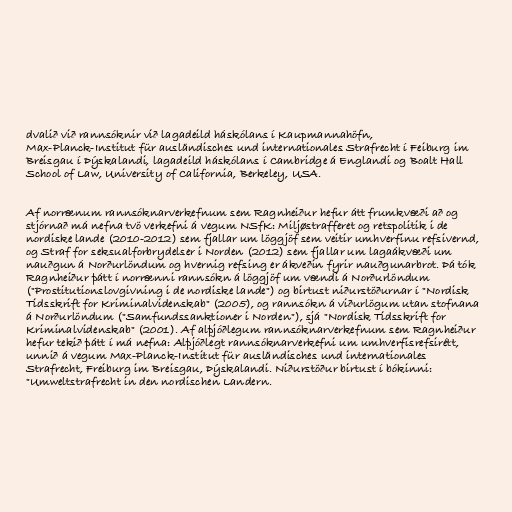
dvalið við rannsóknir við lagadeild háskólans í Kaupmannahöfn,
Max-Planck-Institut für ausländisches und internationales Strafrecht í Feiburg im
Breisgau í Þýskalandi, lagadeild háskólans í Cambridge á Englandi og Boalt Hall
School of Law, University of California, Berkeley, USA.

Af norrænum rannsóknarverkefnum sem Ragnheiður hefur átt frumkvæði að og
stjórnað má nefna tvö verkefni á vegum NSfK: Miljøstrafferet og retspolitik i de
nordiske lande (2010-2012) sem fjallar um löggjöf sem veitir umhverfinu refsivernd,
og Straf for seksualforbrydelser i Norden (2012) sem fjallar um lagaákvæði um
nauðgun á Norðurlöndum og hvernig refsing er ákveðin fyrir nauðgunarbrot. Þá tók
Ragnheiður þátt í norrænni rannsókn á löggjöf um vændi á Norðurlöndum
("Prostitutionslovgivning i de nordiske lande") og birtust niðurstöðurnar í "Nordisk
Tidsskrift for Kriminalvidenskab" (2005), og rannsókn á viðurlögum utan stofnana
á Norðurlöndum ("Samfundssanktioner i Norden"), sjá "Nordisk Tidsskrift for
Kriminalvidenskab" (2001). Af alþjóðlegum rannsóknarverkefnum sem Ragnheiður
hefur tekið þátt í má nefna: Alþjóðlegt rannsóknarverkefni um umhverfisrefsirétt,
unnið á vegum Max-Planck-Institut für ausländisches und internationales
Strafrecht, Freiburg im Breisgau, Þýskalandi. Niðurstöður birtust í bókinni:
"Umweltstrafrecht in den nordischen Landern.